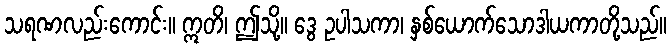
သရဏလည်းကောင်း။ ဣတိ၊ ဤသို့။ ဒွေ ဥပါသကာ၊ နှစ်ယောက်သောဒါယကာတို့သည်။